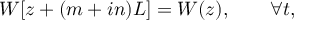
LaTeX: W [ z + ( m + i n ) L ] = W ( z ) , \qquad \forall t ,